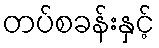
တပ်စခန်းနှင့်